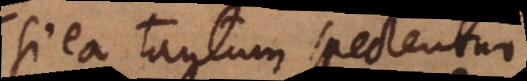
si ea tantum spectentur